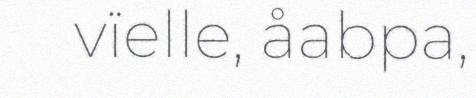
vïelle, åabpa,